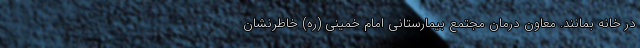
در خانه بمانند. معاون درمان مجتمع بیمارستانی امام خمینی (ره) خاطرنشان